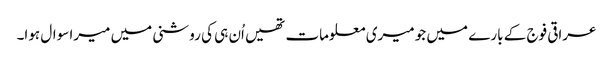
عراقی فوج کے بارے میں جو میری معلومات تھیں اُن ہی کی روشنی میں میرا سوال ہوا۔